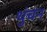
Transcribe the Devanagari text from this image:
थुंचन